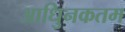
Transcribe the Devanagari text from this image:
आधुिनकतम